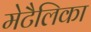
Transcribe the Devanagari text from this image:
मेटैलिका